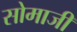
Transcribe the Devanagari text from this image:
सोमाजी